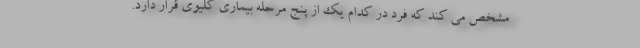
مشخص می کند که فرد در کدام یک از پنج مرحله بیماری کلیوی قرار دارد.